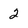
Character: 2